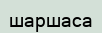
шаршаса